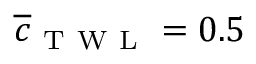
\overline { { c } } _ { \mathrm { ~ T ~ W ~ L ~ } } = 0 . 5